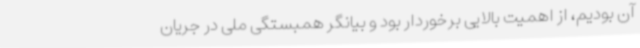
آن بودیم، از اهمیت بالایی برخوردار بود و بیانگر همبستگی ملی در جریان